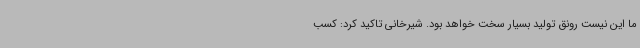
ما این نیست رونق تولید بسیار سخت خواهد بود. شیرخانی تاکید کرد: کسب